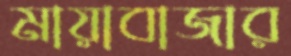
মায়াবাজার